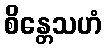
စိန္တေသဟံ